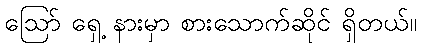
ဩော် ရှေ့ နားမှာ စားသောက်ဆိုင် ရှိတယ်။